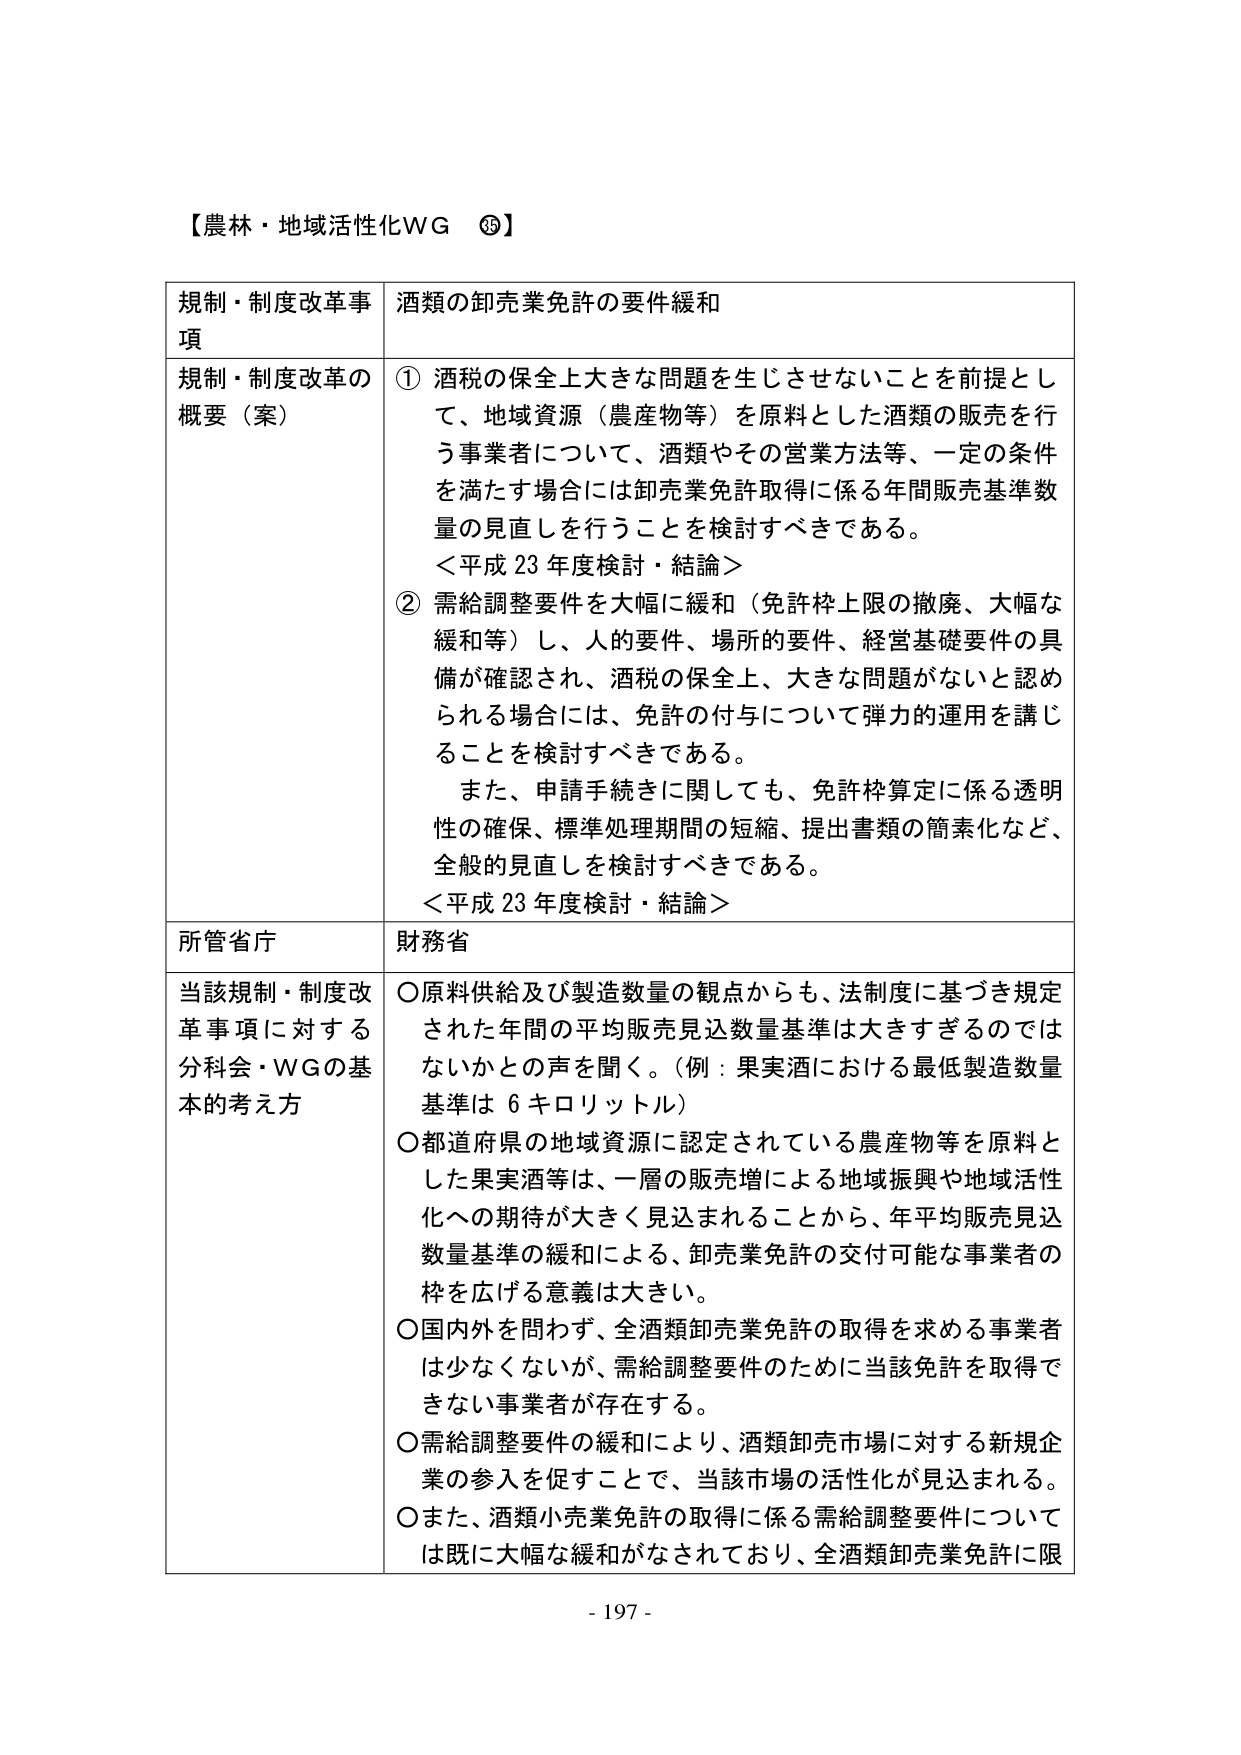
【農林・地域活性化WG ⑲】

規制・制度改革事項　酒類の卸売業免許の要件緩和

規制・制度改革の概要（案）
① 酒税の保全上大きな問題を生じさせないことを前提として、地域資源（農産物等）を原料とした酒類の販売を行う事業者について、酒類やその営業方法等、一定の条件を満たす場合には卸売業免許取得に係る年間販売基準数量の見直しを行うことを検討すべきである。
＜平成23年度検討・結論＞
② 需給調整要件を大幅に緩和（免許枠上限の撤廃、大幅な緩和等）し、人的要件、場所的要件、経営基礎要件の具備が確認され、酒税の保全上、大きな問題がないと認められる場合には、免許の付与について弾力的運用を講じることを検討すべきである。
　また、申請手続きに関しても、免許枠算定に係る透明性の確保、標準処理期間の短縮、提出書類の簡素化など、全般的見直しを検討すべきである。
＜平成23年度検討・結論＞

所管省庁　財務省

当該規制・制度改革事項に対する分科会・WGの基本的考え方
○ 原料供給及び製造数量の観点からも、法制度に基づき規定された年間の平均販売見込数量基準は大きすぎのではないかとの声を聞く。（例：果実酒における最低製造数量基準は6キロリットル）
○ 都道府県の地域資源に認定されている農産物等を原料とした果実酒等は、一層の販売増による地域振興や地域活性化への期待が大きく見込まれることから、年平均販売見込数量基準の緩和による、卸売業免許の交付可能な事業者の枠を広げる意義は大きい。
○ 国内外を問わず、全酒類卸売業免許の取得を求める事業者は少なくないが、需給調整要件のために当該免許を取得できない事業者が存在する。
○ 需給調整要件の緩和により、酒類卸売市場に対する新規企業の参入を促すことで、当該市場の活性化が見込まれる。
○ また、酒類小売業免許の取得に係る需給調整要件については既に大幅な緩和がなされており、全酒類卸売業免許に限

- 197 -